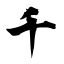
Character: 千